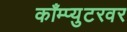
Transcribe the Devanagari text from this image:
काँम्प्युटरवर